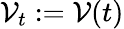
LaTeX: \mathcal{V}_{t}:=\mathcal{V}(t)